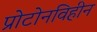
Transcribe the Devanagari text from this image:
प्रोटोनविहीन